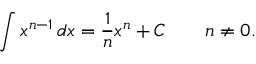
\int x ^ { n - 1 } \, d x = { \frac { 1 } { n } } x ^ { n } + C \qquad n \neq 0 .